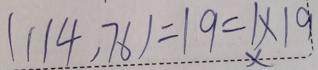
( 1 1 4 , 7 6 ) = 1 9 = 1 \times 1 9